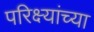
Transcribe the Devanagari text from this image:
परिक्ष्यांच्या